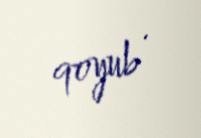
qoyub .